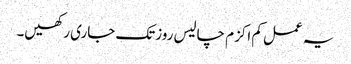
یہ عمل کم اکزم چالیس روزتک جاری رکھیں۔